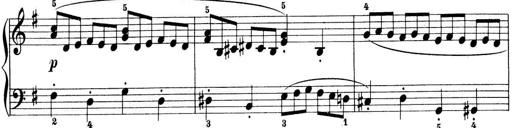
Title: Preis-Sonatine
Composer: Ernst James Bremner